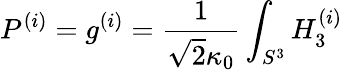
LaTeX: P^{(i)}=g^{(i)}=\frac{1}{\sqrt{2}\kappa_{0}}\int_{S^{3}}H_{3}^{(i)}